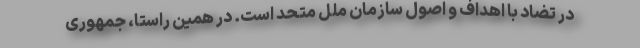
در تضاد با اهداف و اصول سازمان ملل متحد است. در همین راستا، جمهوری